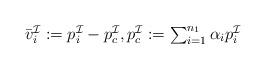
LaTeX: \begin{align*}\textstyle \bar{v}_i^\mathcal{I} := p_i^{\mathcal{I}} - p_c^\mathcal{I},p^{\mathcal{I}}_c :=\sum_{i=1}^{n_1} \alpha_i p^{\mathcal{I}}_i\end{align*}